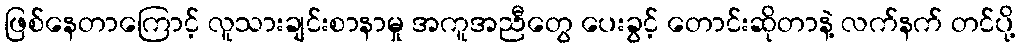
ဖြစ်နေတာကြောင့် လူသားချင်းစာနာမှု အကူအညီတွေ ပေးခွင့် တောင်းဆိုတာနဲ့ လက်နက် တင်ပို့